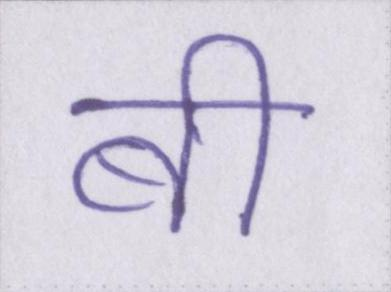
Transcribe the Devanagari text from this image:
बी